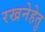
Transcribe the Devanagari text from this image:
रखनेहेतु